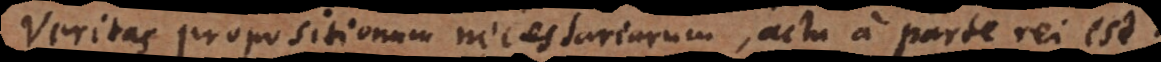
Veritas propositionum necessariarum, actu a parte rei est.